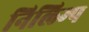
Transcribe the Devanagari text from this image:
निलिम्प